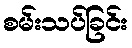
စမ်းသပ်ခြင်း